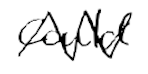
Text: could
Cross-out: zig-zag
Writing tool: digital_black